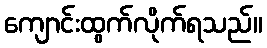
ကျောင်းထွက်လိုက်ရသည်။